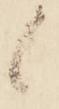
候